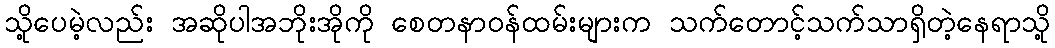
သို့ပေမဲ့လည်း အဆိုပါအဘိုးအိုကို စေတနာဝန်ထမ်းများက သက်တောင့်သက်သာရှိတဲ့နေရာသို့